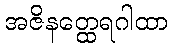
အဇိနတ္ထေရဂါထာ